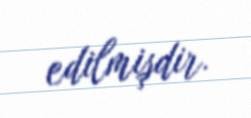
edilmişdir.